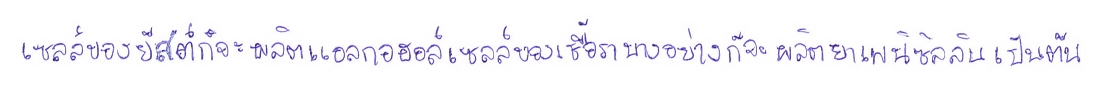
เซลล์ของยีสต์ก็จะผลิตแอลกอฮอล์เซลล์ของเชื้อราบางอย่างก็จะผลิตยาเพนิซิลลินเป็นต้น